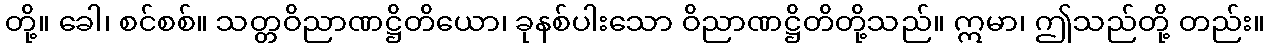
တို့။ ခေါ၊ စင်စစ်။ သတ္တဝိညာဏဋ္ဌိတိယော၊ ခုနစ်ပါးသော ဝိညာဏဋ္ဌိတိတို့သည်။ ဣမာ၊ ဤသည်တို့ တည်း။